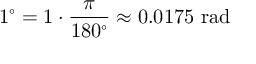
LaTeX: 1 ^ { \circ } = 1 \cdot { \frac { \pi } { 1 8 0 ^ { \circ } } } \approx 0 . 0 1 7 5 { \mathrm { ~ r a d } }